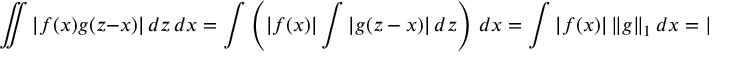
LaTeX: \iint | f ( x ) g ( z - x ) | \, d z \, d x = \int \left( | f ( x ) | \int | g ( z - x ) | \, d z \right) \, d x = \int | f ( x ) | \, \| g \| _ { 1 } \, d x = \| f \| _ { 1 } \| g \| _ { 1 } .